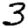
Digit: 3